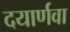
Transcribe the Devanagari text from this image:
दयार्णवा